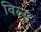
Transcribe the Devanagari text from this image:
विल्स्